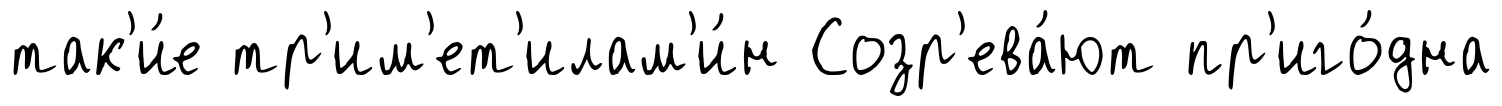
так'и́е тр'им'ет'илам'и́н Созр'ева́ют пр'иго́дна